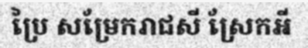
ប្រៃ សម្រែករាជសី ស្រែកអី